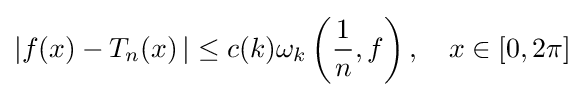
\left|f(x)-T_{n}(x\right)|\leq c(k)\omega _{k}\left({\frac {1}{n}},f\right),\quad x\in [0,2\pi ]